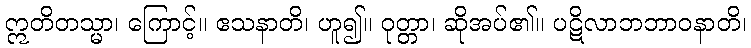
ဣတိတသ္မာ၊ ကြောင့်။ ဧသနာတိ၊ ဟူ၍။ ဝုတ္တာ၊ ဆိုအပ်၏။ ပဋိလာဘဘာဝနာတိ၊